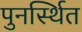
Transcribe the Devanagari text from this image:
पुनर्स्थित